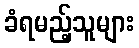
ခံရမည့်သူများ